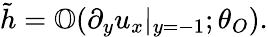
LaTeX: \tilde{h}=\mathbb{O}(\partial_{y}u_{x}|_{y=-1};\theta_{O}).